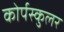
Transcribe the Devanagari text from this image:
कोर्पस्कुलर